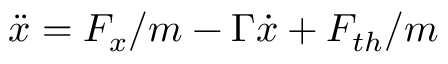
\ddot { x } = F _ { x } / m - \Gamma \dot { x } + F _ { t h } / m